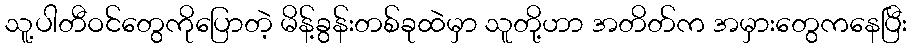
သူ့ပါတီဝင်တွေကိုပြောတဲ့ မိန့်ခွန်းတစ်ခုထဲမှာ သူတို့ဟာ အတိတ်က အမှားတွေကနေပြီး